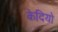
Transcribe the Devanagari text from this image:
केदियो